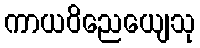
ကာယဝိညေယျေသု